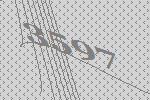
3597